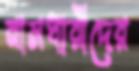
নামধারীদের